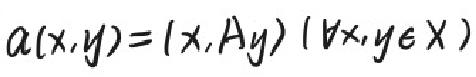
\[a(x,y)=(x,Ay)\ (\forall x,y\in X)\]